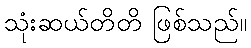
သုံးဆယ်တိတိ ဖြစ်သည်။